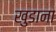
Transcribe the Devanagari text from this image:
खुडाना